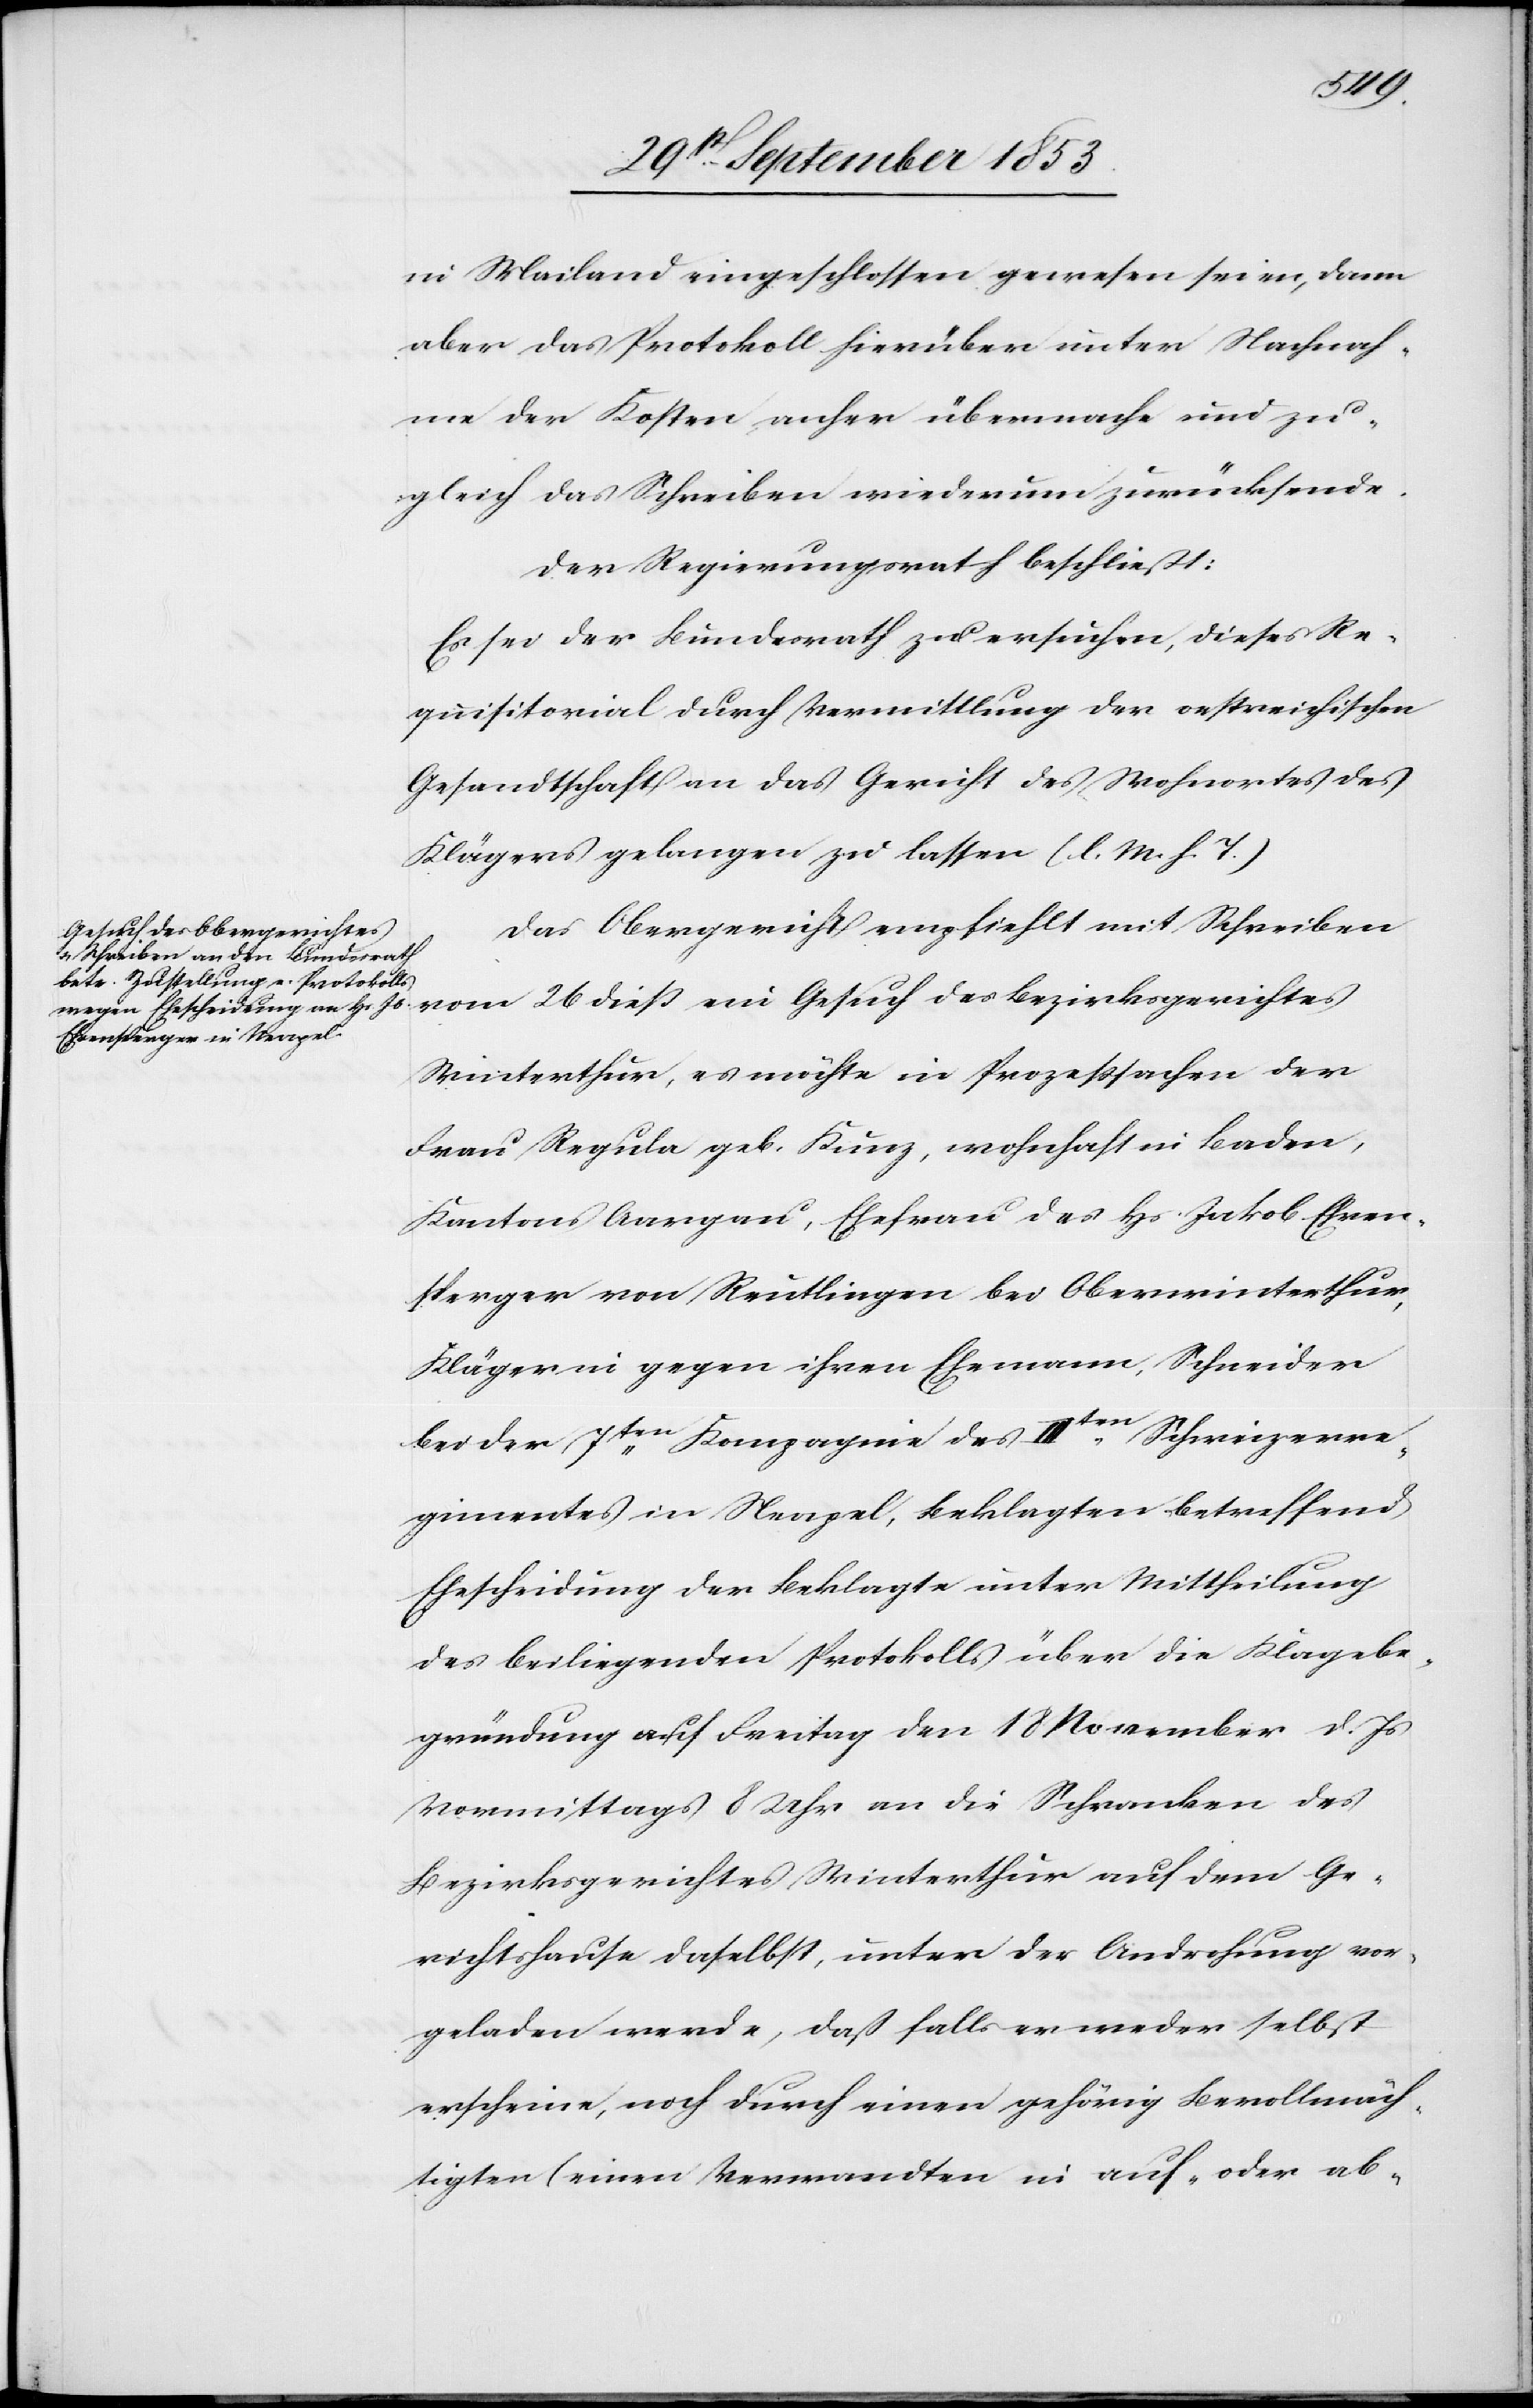
in Mailand eingeschlossen gewesen seien, dann
aber das Protokoll hierüber unter Nachnah¬
me der Kosten anher übermache und zu¬
gleich das Schreiben wiederum zurücksende.
Der Regierungsrath beschließt:
Es sei der Bundesrath zu ersuchen, dieses Re¬
quisitorial durch Vermittlung der oestreichischen
Gesandtschaft an das Gericht des Wohnortes des
Klägers gelangen zu lassen. [l. M. h. T]
Das Obergericht empfiehlt mit Schreiben
vom 26 dieß ein Gesuch des Bezirksgerichtes
Winterthur, es möchte in Prozeßsachen der
Frau Regula geb. Kunz, wohnhaft in Baden,
Kantons Aargau, Ehefrau des Hs. Jakob Ehren¬
sperger von Reutlingen bei Oberwinterthur,
Klägerin gegen ihren Ehemann, Schneider
bei der 7ten Kompagnie des IIIten Schweizerre¬
gimentes in Neapel, Beklagten betreffend
Ehescheidung der Beklagte unter Mittheilung
des beiliegenden Protokolls über die Klagebe¬
gründung auf Freitag den 18 November d. Js.
Vormittags 8 Uhr an die Schranken des
Bezirksgerichtes Winterthur auf dem Ge¬
richtshause daselbst, unter der Androhung vor¬
geladen werde, daß falls er weder selbst
erscheine, noch durch einen gehörig Bevollmäch¬
tigten (einen Verwandten in auf- oder ab-